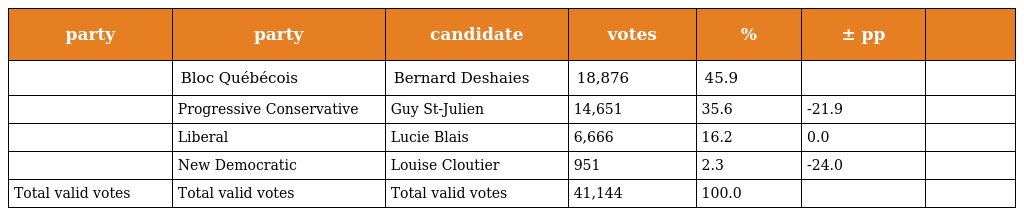
| party | party | candidate | votes | % | ± pp |  |
 | --- | --- | --- | --- | --- | --- | --- |
 |  | Bloc Québécois | Bernard Deshaies | 18,876 | 45.9 |  |  |
 |  | Progressive Conservative | Guy St-Julien | 14,651 | 35.6 | -21.9 |  |
 |  | Liberal | Lucie Blais | 6,666 | 16.2 | 0.0 |  |
 |  | New Democratic | Louise Cloutier | 951 | 2.3 | -24.0 |  |
 | Total valid votes | Total valid votes | Total valid votes | 41,144 | 100.0 |  |  |